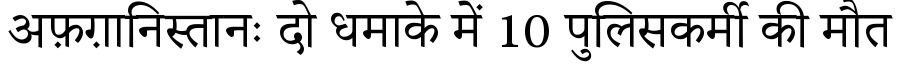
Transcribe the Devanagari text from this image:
अफ़ग़ानिस्तानः दो धमाके में 10 पुलिसकर्मी की मौत